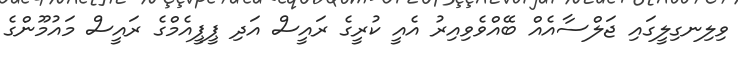
ވިލިނގިލީގައި ޖަލްސާއެއް ބޭއްވެވިއިރު އެއީ ކުރީގެ ރައީސް އަދި ޕީޕީއެމްގެ ރައީސް މައުމޫންގެ